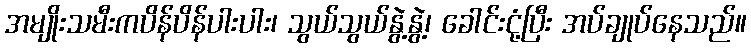
အမျိုးသမီးကပိန်ပိန်ပါးပါး၊ သွယ်သွယ်နွဲ့နွဲ့၊ ခေါင်းငုံ့ပြီး အပ်ချုပ်နေသည်။